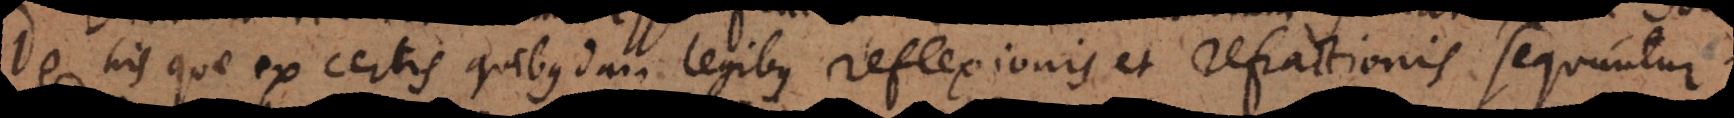
De his quae ex certis quibusdam legibus reflexionis et refractionis sequu